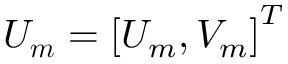
\boldsymbol { U _ { m } } = \left[ U _ { m } , V _ { m } \right] ^ { T }